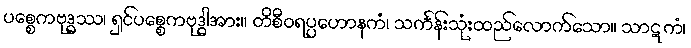
ပစ္စေကဗုဒ္ဓဿ၊ ရှင်ပစ္စေကဗုဒ္ဓါအား။ တိစီဝရပ္ပဟောနကံ၊ သင်္ကန်းသုံးထည်လောက်သော။ သာဋကံ၊